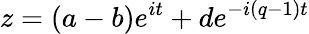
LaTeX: z=(a-b)e^{it}+de^{-i(q-1)t}